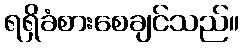
ရရှိခံစားစေချင်သည်။